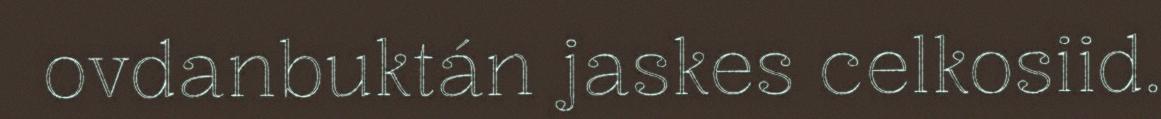
ovdanbuktán jaskes celkosiid.